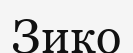
Зико